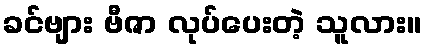
ခင်ဗျား ဗီဇာ လုပ်ပေးတဲ့ သူလား။